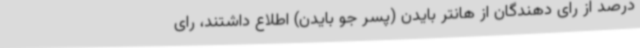
درصد از رای دهندگان از هانتر بایدن (پسر جو بایدن) اطلاع داشتند، رای